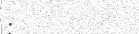
: